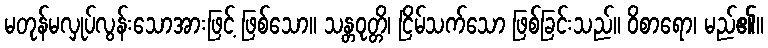
မတုန်မလှုပ်လွန်းသောအားဖြင့် ဖြစ်သော။ သန္တဝုတ္တိ၊ ငြိမ်သက်သော ဖြစ်ခြင်းသည်။ ဝိစာရော၊ မည်၏။